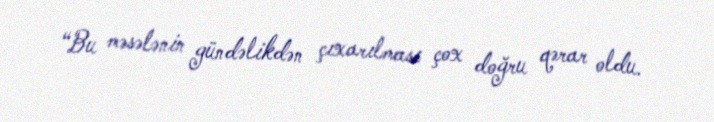
“Bu məsələnin gündəlikdən çıxarılması çox doğru qərar oldu.